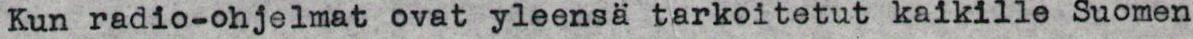
Kun radio-ohjelmat ovat yleensä tarkoitetut kaikille Suomen